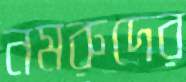
নমরুদের